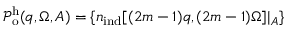
\mathcal { P } _ { \mathrm { o } } ^ { \mathrm { h } } ( \boldsymbol { q } , \Omega , A ) = \{ { n } _ { \mathrm { i n d } } [ ( 2 m - 1 ) \boldsymbol { q } , ( 2 m - 1 ) \Omega ] | _ { A } \}